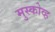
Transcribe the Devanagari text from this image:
मुस्कोव्ह